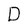
Character: D